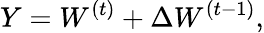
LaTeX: Y=W^{(t)}+\Delta W^{(t-1)},